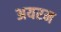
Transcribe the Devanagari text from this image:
अयरम